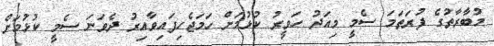
މުބާރާތުގެ ފުރަތަމަ ސެމީ މިއަދު ހަވީރު ކުޅުމަށް ހަމަޖެހިފައިވާއިރު ދެވަނަ ސެމީ ކުޅުމަށް